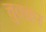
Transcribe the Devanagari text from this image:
चुक्कर